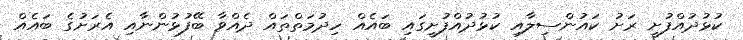
ކުޅުދުއްފުށީ ރަށު ކައުންސިލާއި ކުޅުދުއްފުށީގައި ބައެއް ހިދުމަތްތައް ދެއްވާ ބޭފުޅުންނާއި އެރަށުގެ ބައެެއް